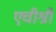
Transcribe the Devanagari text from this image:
एचीश्री